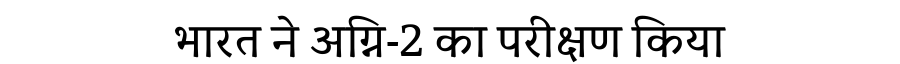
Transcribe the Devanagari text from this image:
भारत ने अग्नि-2 का परीक्षण किया